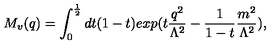
M _ { v } ( q ) = \int _ { 0 } ^ { \frac { 1 } { 2 } } d t ( 1 - t ) e x p ( t \frac { q ^ { 2 } } { \Lambda ^ { 2 } } - \frac { 1 } { 1 - t } \frac { m ^ { 2 } } { \Lambda ^ { 2 } } ) ,